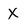
Character: X